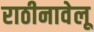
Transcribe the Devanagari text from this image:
राठीनावेलू